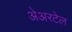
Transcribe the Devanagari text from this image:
अेअरटेल